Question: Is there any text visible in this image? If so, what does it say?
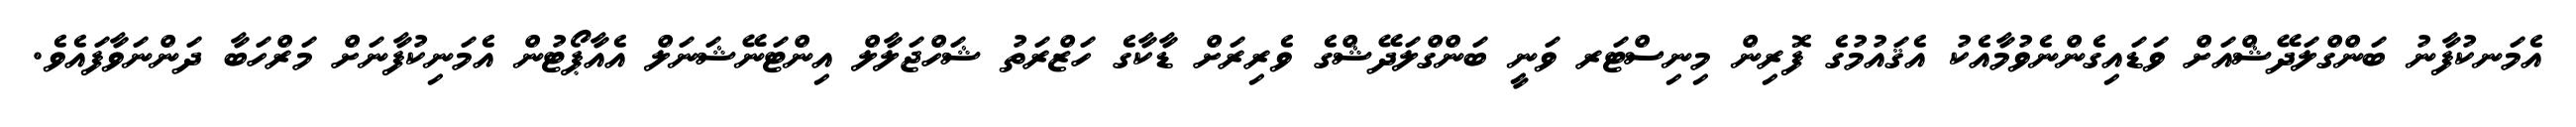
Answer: އެމަނކުފާނު ބަންގްލަދޭޝްއަށް ވަޑައިގެންނެވުމާއެކު އެޤައުމުގެ ފޮރިން މިނިސްޓަރ ވަނީ ބަންގްލަދޭޝްގެ ވެރިރަށް ޑާކާގެ ހަޒްރަތު ޝަހްޖަލާލް އިންޓަނޭޝަނަލް އެއާޕޯޓުން އެމަނިކުފާނަށް މަރްހަބާ ދަންނަވާފައެވެ.